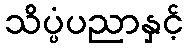
သိပ္ပံပညာနှင့်